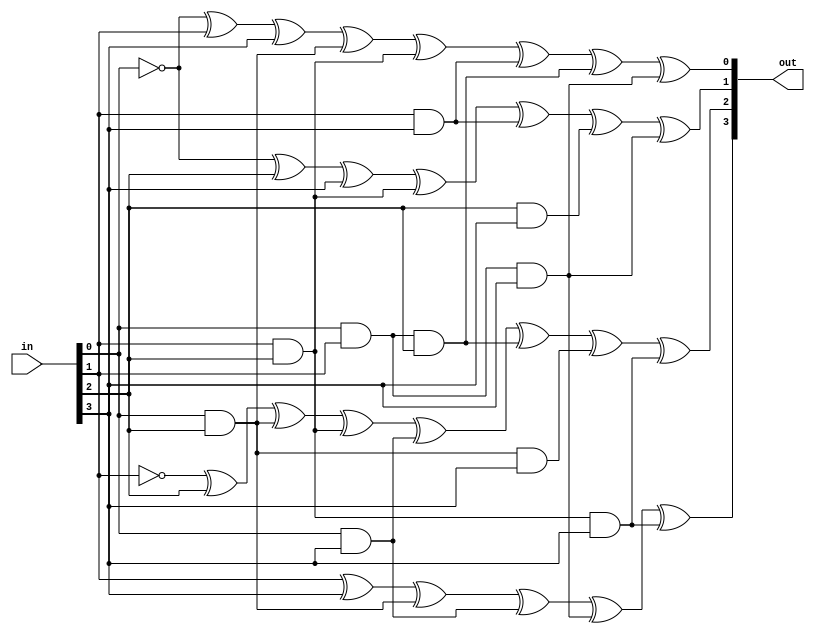
module sbox(in,out);
input [3:0]in;
output [3:0]out;

assign out[0] = 1 ^ in[0] ^ in[1] ^ in[3]^ in[0] & in[2] ^ (in[1] & in[2]) ^ (in[1] & in[3]) ^ (in[0] & in[1]& in[2]) ^ (in[0] & in[1] & in[3]);
assign out[1] = 1 ^ in[0] ^ in[2] ^ in[3] ^ (in[1] & in[2]) ^ (in[1] & in[3]) ^ (in[2] & in[3]) ^ (in[0] & in[1] & in[3]);
assign out[2] = 1 ^ in[1] ^ in[2] ^ (in[0] & in[2]) ^ (in[1] & in[2]) ^ (in[0] & in[3]) ^ (in[0] & in[1] & in[2]) ^ (in[0] & in[2] & in[3]) ^ (in[1] & in[2] & in[3]);
assign out[3] = in[1] ^ in[3] ^ (in[0] & in[2]) ^ (in[0] & in[3]) ^ (in[0] & in[1] & in[3]) ^ (in[1] & in[2] & in[3]);

endmodule